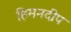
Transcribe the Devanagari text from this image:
हिमनदीप